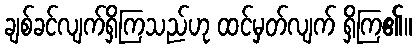
ချစ်ခင်လျက်ရှိကြသည်ဟု ထင်မှတ်လျက် ရှိကြ၏။